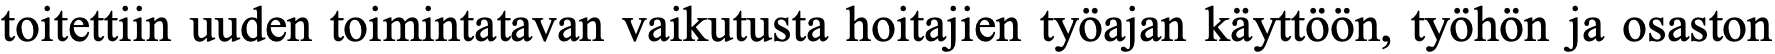
toitettiin uuden toimintatavan vaikutusta hoitajien työajan käyttöön, työhön ja osaston